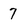
Character: 7